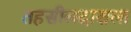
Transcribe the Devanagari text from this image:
तहसीलदाराला